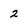
Character: 2